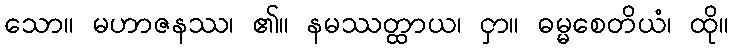
သော။ မဟာဇနဿ၊ ၏။ နမဿတ္ထာယ၊ ငှာ။ ဓမ္မစေတိယံ၊ ထို။